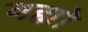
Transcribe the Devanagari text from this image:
बह्मो